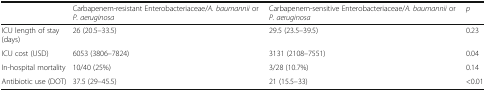
|  | Carbapenem-resistant Enterobacteriaceae/A. baumannii or P. aeruginosa | Carbapenem-sensitive Enterobacteriaceae/A. baumannii or P. aeruginosa | p |
 | --- | --- | --- | --- |
 | ICU length of stay (days) | 26 (20.5–33.5) | 29.5 (23.5–39.5) | 0.23 |
 | ICU cost (USD) | 6053 (3806–7824) | 3131 (2108–7551) | 0.04 |
 | In-hospital mortality | 10/40 (25%) | 3/28 (10.7%) | 0.14 |
 | Antibiotic use (DOT) | 37.5 (29–45.5) | 21 (15.5–33) | <0.01 |